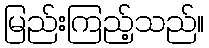
မြည်းကြည့်သည်။